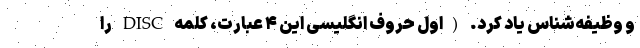
و وظیفه‌شناس یاد کرد. (اول حروف انگلیسی این ۴ عبارت، کلمه DISC‌ را